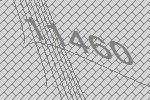
11460